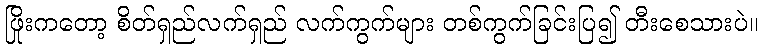
ဖြိုးကတော့ စိတ်ရှည်လက်ရှည် လက်ကွက်များ တစ်ကွက်ခြင်းပြ၍ တီးစေသားပဲ။